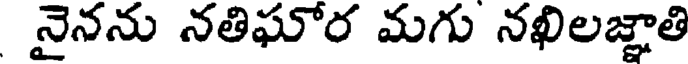
నైనను నతిఘోర మగు నఖిలజ్ఞాతి